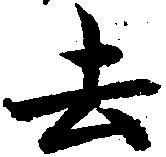
去